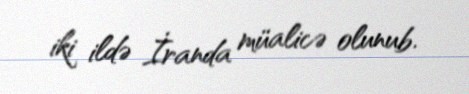
iki ildə İranda müalicə olunub.